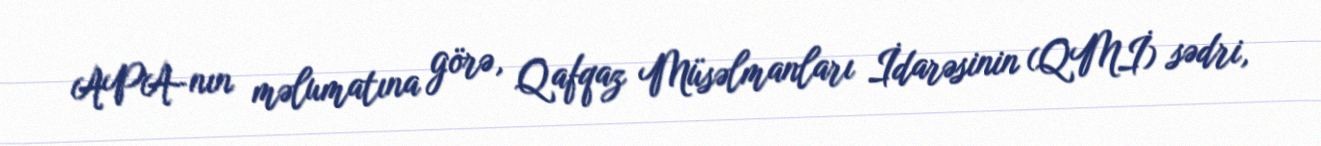
APA-nın məlumatına görə, Qafqaz Müsəlmanları İdarəsinin (QMİ) sədri,